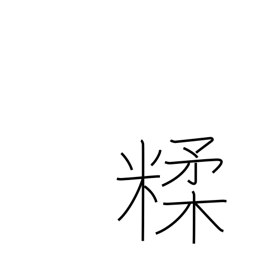
Meaning: mix